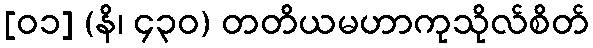
[၀၁] (နိ၊ ၄၃၀) တတိယမဟာကုသိုလ်စိတ်